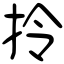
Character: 拎